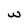
Character: w